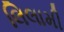
લિલામી